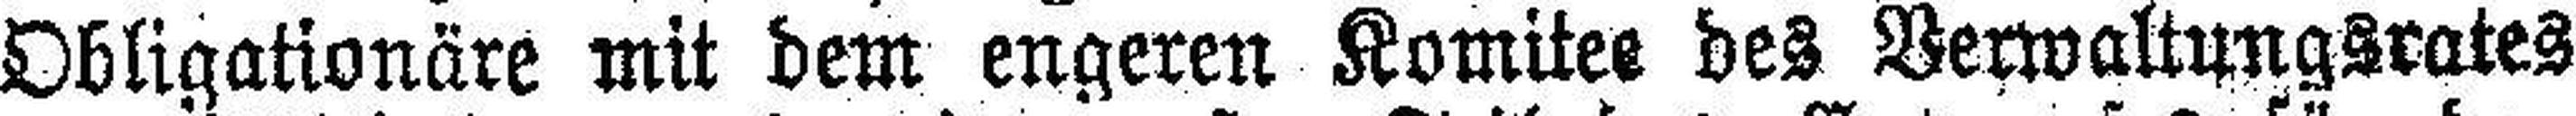
Obligationäre mit dem engeren Komitee des Verwaltungsrates